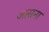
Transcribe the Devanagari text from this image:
आसना